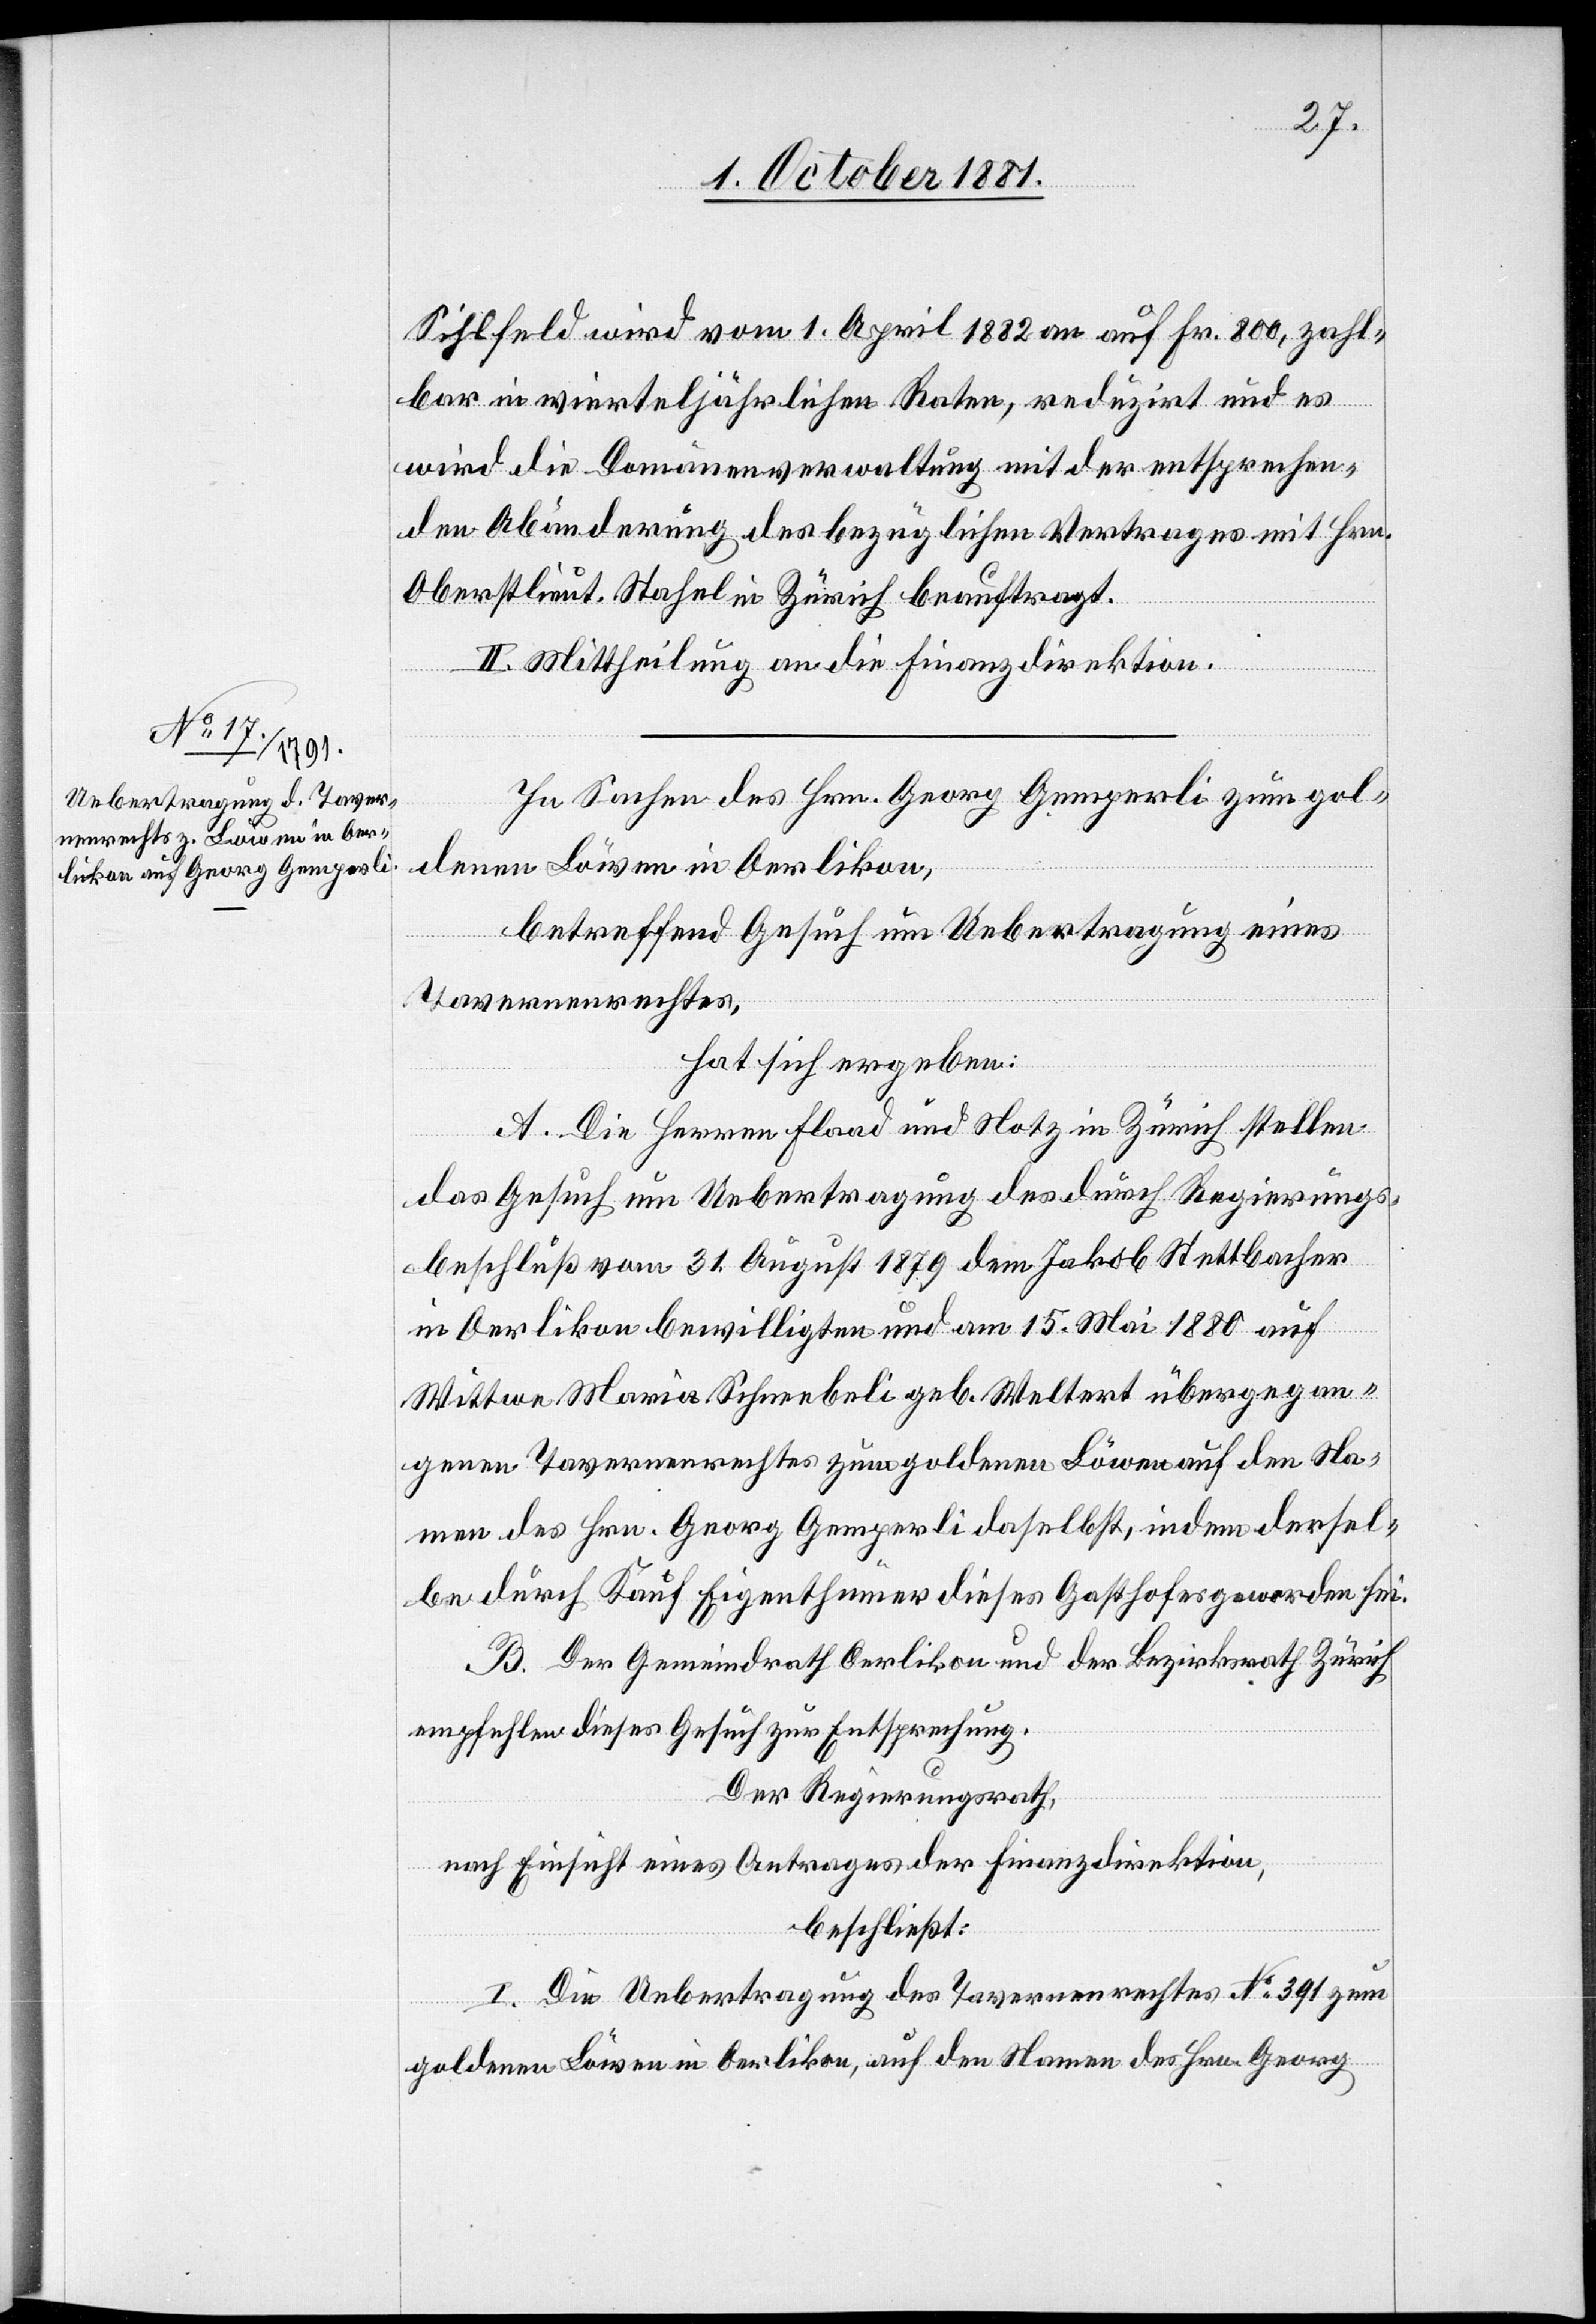
Sihlfeld wird vom 1. April 1882 an auf Fr. 800, zahl¬
bar in vierteljährlichen Raten, reduzirt und es
wird die Domänenverwaltung mit der entsprechen¬
den Abänderung des bezüglichen Vertrages mit Hrn.
Oberstlieut. Stahel in Zürich beauftragt.
II. Mittheilung an die Finanzdirektion.
In Sachen des Hrn. Georg Gemperli zum gol¬
denen Löwen in Oerlikon,
betreffend Gesuch um Uebertragung eines
Tavernenrechtes,
hat sich ergeben:
A. Die Herren Flaad und Notz in Zürich stellen
das Gesuch um Uebertragung des durch Regierungs¬
beschluß vom 31. August 1879 dem Jakob Stettbacher
in Oerlikon bewilligten und am 15. Mai 1880 auf
Wittwe Maria Schneebeli geb. Weltert übergegan¬
genen Tavernenrechtes zum goldenen Löwen auf den Na¬
men des Hrn. Georg Gemperli daselbst, indem dersel¬
be durch Kauf Eigenthümer dieses Gasthofes geworden sei.
B. Der Gemeindrath Oerlikon und der Bezirksrath Zürich
empfehlen dieses Gesuch zur Entsprechung.
Der Regierungsrath,
nach Einsicht eines Antrages der Finanzdirektion,
beschließt:
I. Die Uebertragung des Tavernenrechtes N: 391 zum
goldenen Löwen in Oerlikon, auf den Namen des Hrn. Georg